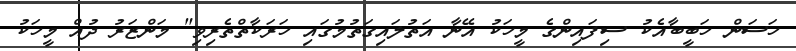
ހަސަން ހަބީބާއެކު ސިފައިންގެ މީހަކު އޭނާ އަތުލައިގަތުމުގައި ހަރަކާތްތެރިވި" މަންޒަރު ދުއް މީހަކު